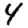
Digit: 4